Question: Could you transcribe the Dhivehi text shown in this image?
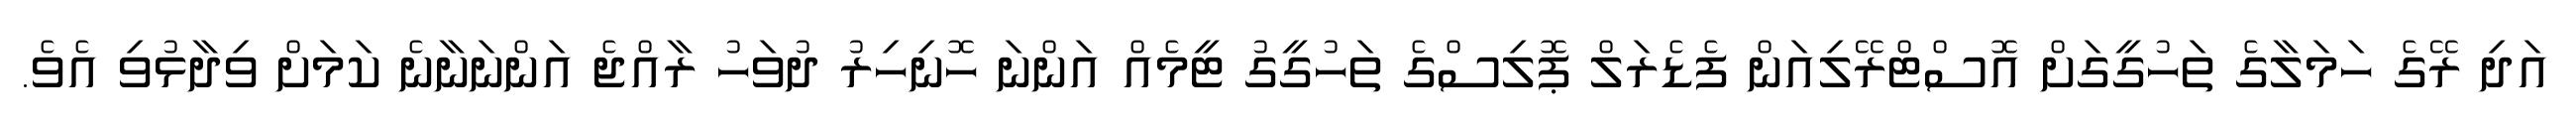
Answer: އަދި ރޭގެ ހަމަލާގެ ތަހުގީގަށް އޮސްޓްރޭލިއަން ފެޑެރަލް ޕޮލިސްގެ ތަހުގީގު ޓީމެއް އަންނަ ހޮނިހިރު ދުވަހު ރާއްޖެ އަންނަނާނެ ކަމަށް ވިދާޅުވި އެވެ.